Plague in India, 1896, 1897 - Volume 1
Year: 1896
Disease focus: Plague
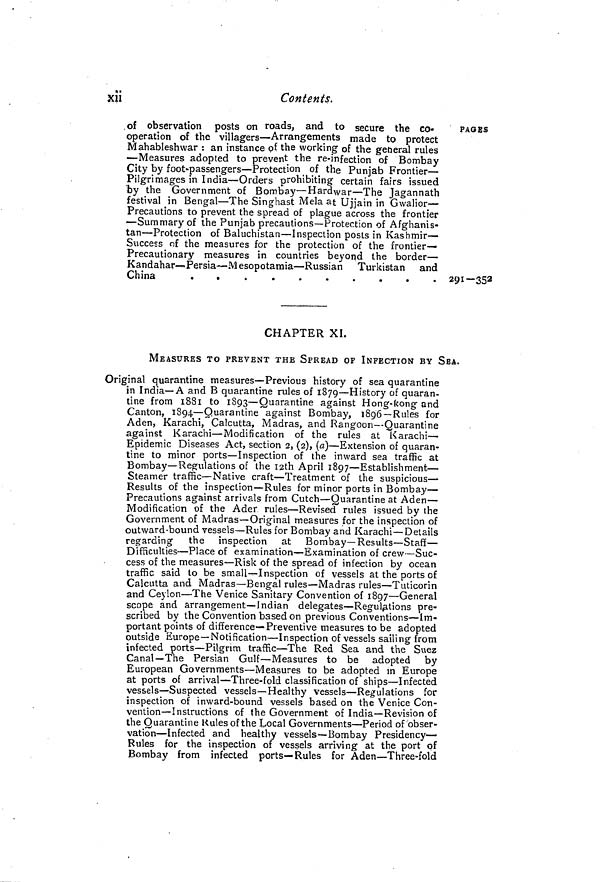
xii
Contents.
of observation posts on roads, and to secure the co-
operation of the villagers—Arrangements made to protect
Mahableshwar : an instance of the working of the general rules
—Measures adopted to prevent the re-infection of Bombay
City by foot-passengers—Protection of the Punjab Frontier—
Pilgrimages in India—Orders prohibiting certain fairs issued
by the Government of Bombay—Hardwar—The Jagannath
festival in Bengal—The Singhast Mela at Ujjain in Gwalior—
Precautions to prevent the spread of plague across the frontier
—Summary of the Punjab precautions—Protection of Afghanis-
tan—Protection of Baluchistan—Inspection posts in Kashmir—
Success of the measures for the protection of the frontier-
Precautionary measures in countries beyond the border—
Kandahar—Persia—Mesopotamia—Russian
Turkistan and
China
PAGES
2921—352
CHAPTER XL
MEASURES TO PREVENT THE SPREAD OF INFECTION BY SEA.
Original quarantine measures—Previous history of sea quarantine
in India—A and B quarantine rules of 1879—History of quaran-
tine from 1881 to 1893—Quarantine against Hong-kong and
Canton, 1894—Quarantine against Bombay, 1896—Rules for
Aden, Karachi, Calcutta, Madras, and Rangoon—Quarantine
against Karachi—Modification of the rules at Karachi—
Epidemic Diseases Act, section 2, (2), (a)—Extension of quaran-
tine to minor ports—Inspection of the inward sea traffic at
Bombay—Regulations of the I2th April 1897—Establishment—
Steamer traffic—Native craft—Treatment of the suspicious—
Results of the inspection—Rules for minor ports in Bombay—
Precautions against arrivals from Cutch—Quarantine at Aden—
Modification of the Ader, rules—Revised rules issued by the
Government of Madras—Original measures for the inspection of
outward bound vessels—Rules for Bombay and Karachi—Details
regarding the inspection at
Bombay—Results—Staff—
Difficulties—Place of examination—Examination of crew—Suc-
cess of the measures—Risk of the spread of infection by ocean
traffic said to be small—Inspection of vessels at the ports of
Calcutta and Madras—Bengal rules—Madras rules—Tuticorin
and Ceylon—The Venice Sanitary Convention of 1897—General
scope and arrangement—Indian delegates—Regulations pre-
scribed by the Convention based on previous Conventions—Im-
portant points of difference—Preventive measures to be adopted
outside Europe—Notification—Inspection of vessels sailing from
infected ports—Pilgrim traffic—The Red Sea and the Suez
Canal—The Persian Gulf—Measures to be adopted by
European Governments—Measures to be adopted in Europe
at ports of arrival—Three-fold classification of ships—Infected
vessels—Suspected vessels—Healthy vessels—Regulations for
inspection of inward-bound vessels based on the Venice Con-
vention—Instructions of the Government of India—Revision of
the Quarantine Rules of the Local Governments—Period of obser-
vation—Infected and healthy vessels—Bombay Presidency—
Rules for the inspection of vessels arriving at the port of
Bombay from infected ports—Rules for Aden—Three-fold